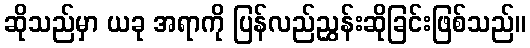
ဆိုသည်မှာ ယခု အရာကို ပြန်လည်ညွှန်းဆိုခြင်းဖြစ်သည်။